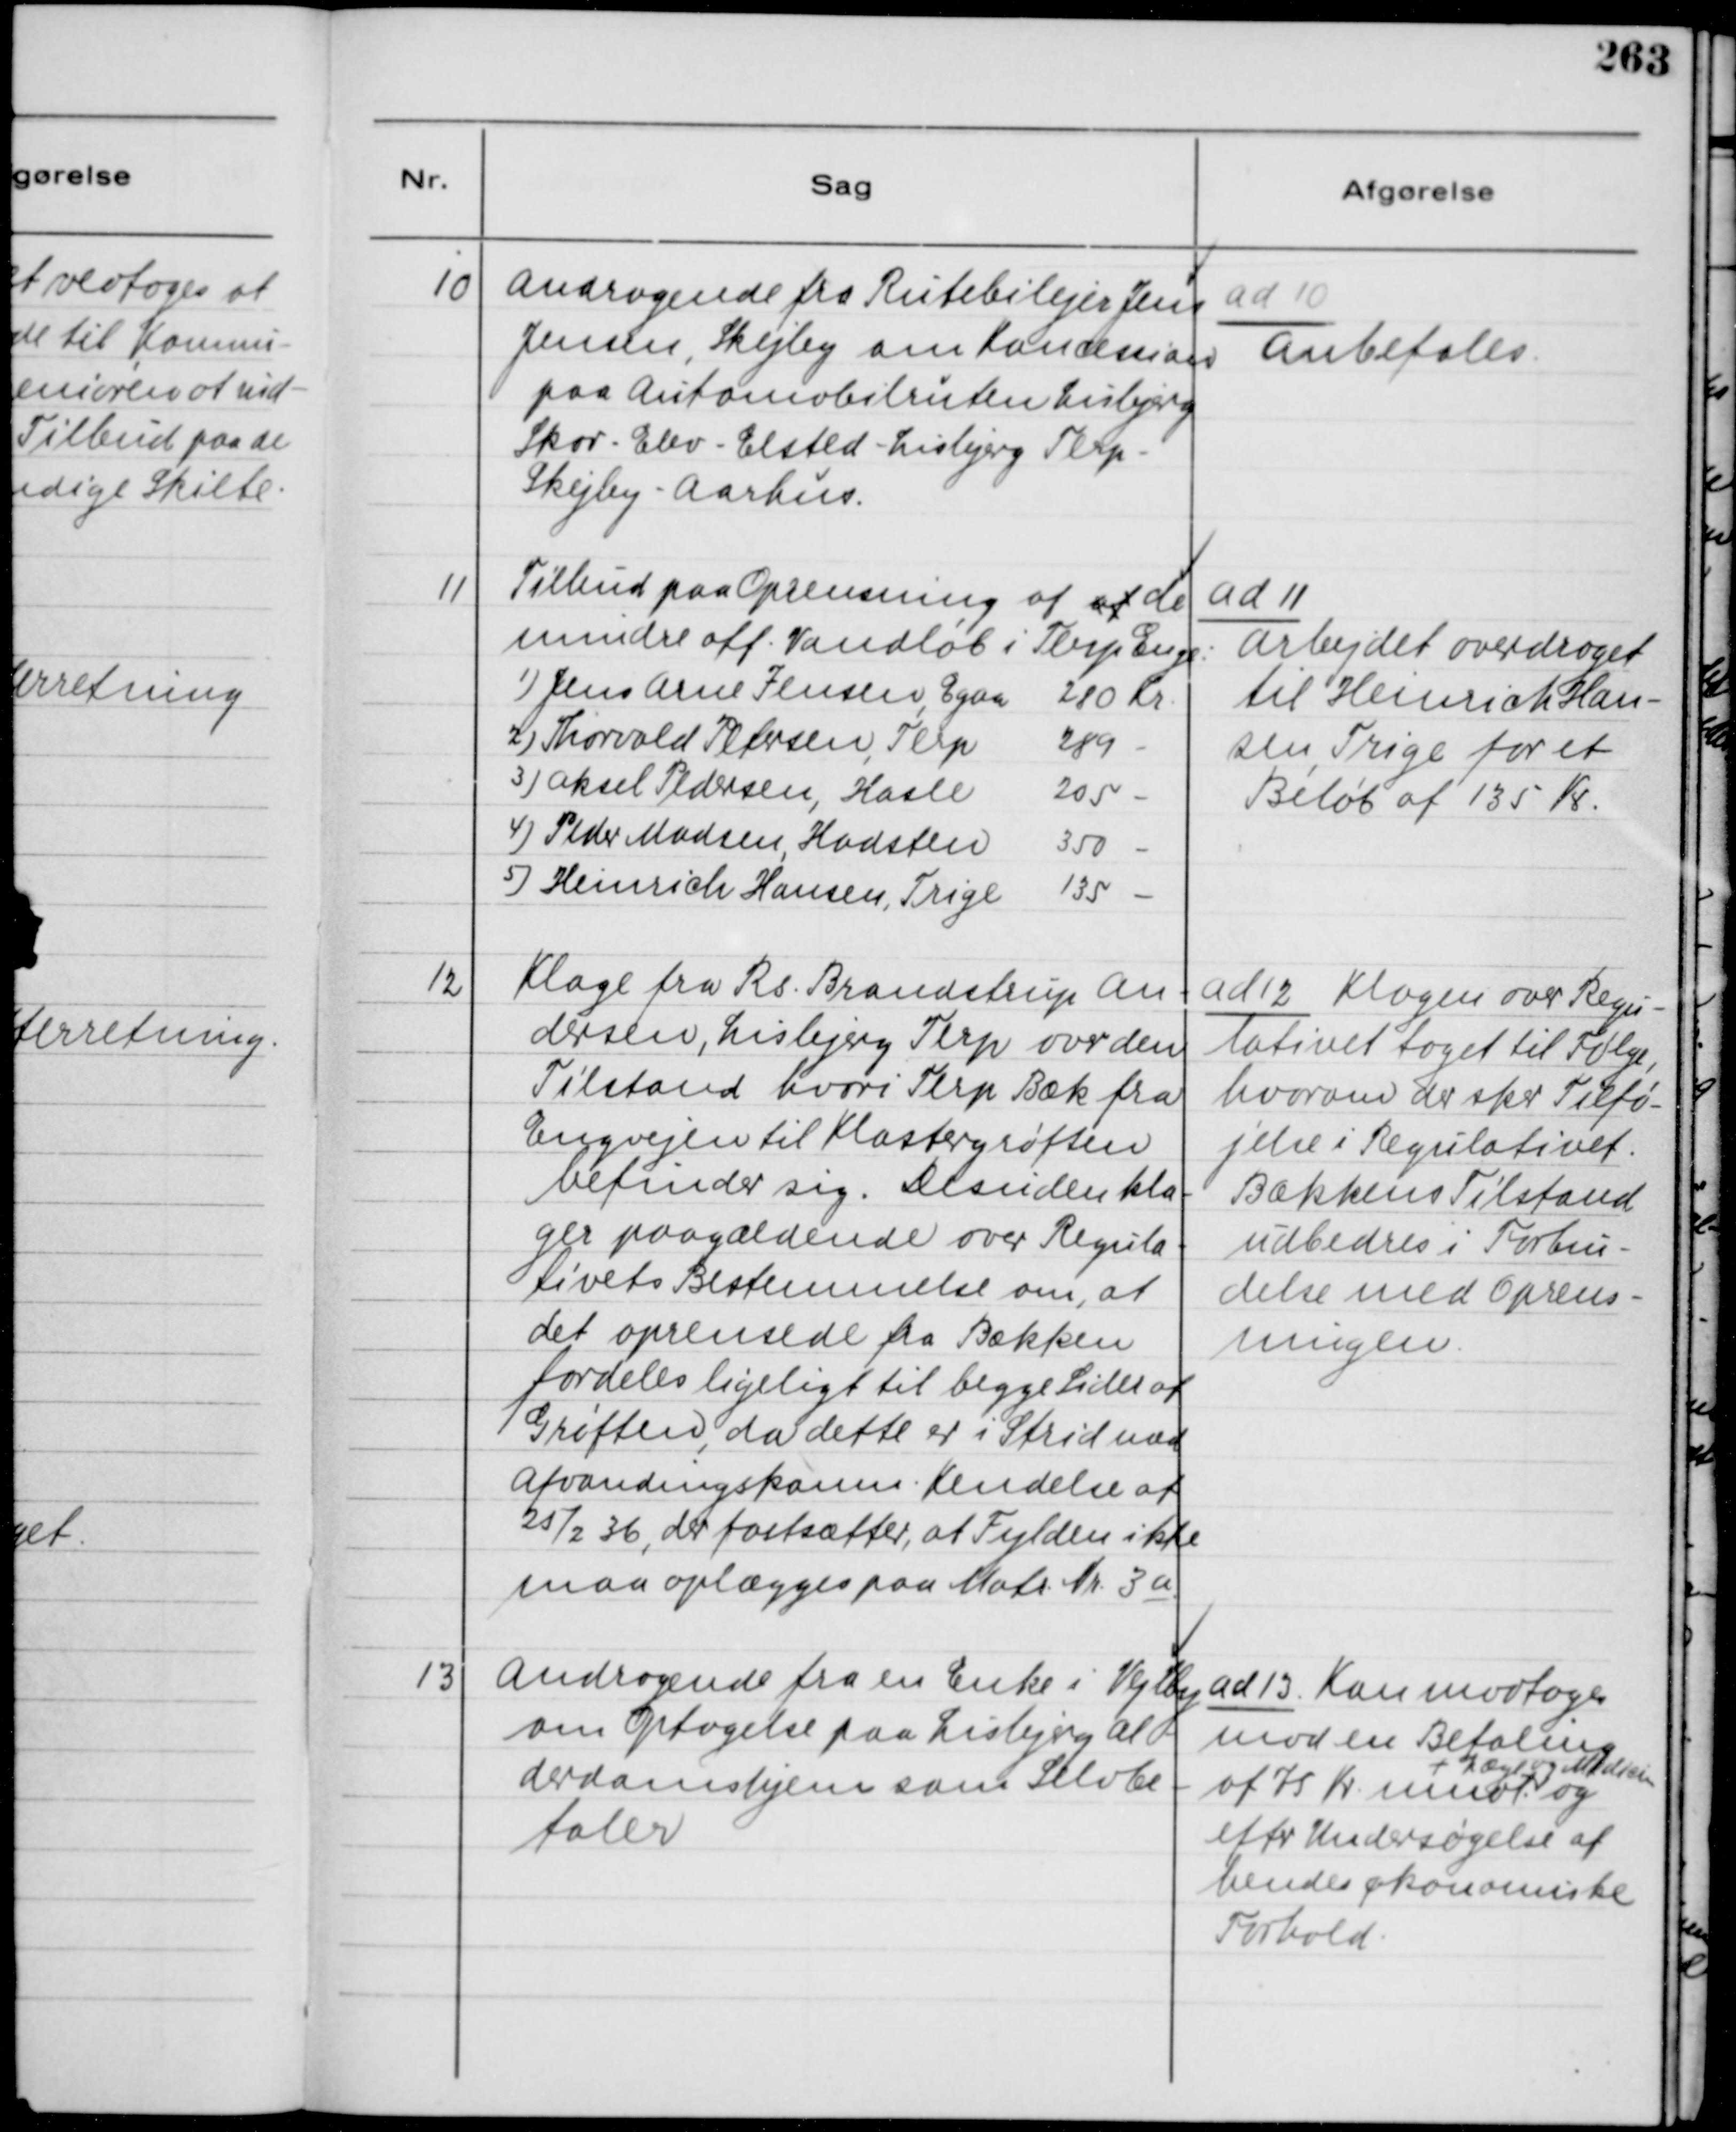
Transskription:
10
Andragende fra Rutebilejer Jens
Jensen, Skejby om Koncession
paa Automobilruten Lisbjerg
Skov - Elev - Elsted - Lisbjerg - Terp -
Skejby - Aarhus.

ad 10
Anbefales.

11
Tilbud paa Oprensning af af de
mindre off. Vandløb i Terp Enge:
1) Jens Arne Jensen, Egaa 210 Kr.
2) Thorvald Petersen, Terp 289 -
3) Aksel Pedersen, Hasle 205 -
4) Peder Madsen, Hadsten 350 -
5) Heinrich Hansen, Trige 135 -

ad 11
Arbejdet overdraget
til Henrich Han-
sen, Trige for et
Beløb af 135 Kr.

12
Klage fra Rs. Brandstrup An-
dersen, Lisbjerg Terp over den
Tilstand hvori Terp Bæk fra
Engvejen til Klostergrøften
befinder sig. Desuden kla-
ger paagældende over Regula-
tivets Bestemmelse om, at
det oprensede fra Bækken
fordeles ligeligt til begge Sider af
Grøften, da dette er i Strid med
Afvandingskomn. Kendelse af
25/2 36, der fastsætter, at Fylden ikke
maa oplægges paa Matr. Nr. 3 a

ad 12 Klager over Regu-
lativet taget til Følge,
hvorom der sker Tilfø-
jelse i Regulativet.
Bækkens Tilstand
udbedres i Forbin-
delse med Oprens-
ningen.

13
Andragende fra en Enke i Vejlby
om Optagelse paa Lisbjerg Al-
derdomshjem som Selvbe-
taler

ad 13 Kan modtages
mod en Betaling.
+ Læge og Medicin
af 75 Kr. mndt. og
efter Undersøgelse af
hendes økonomiske
Forhold.